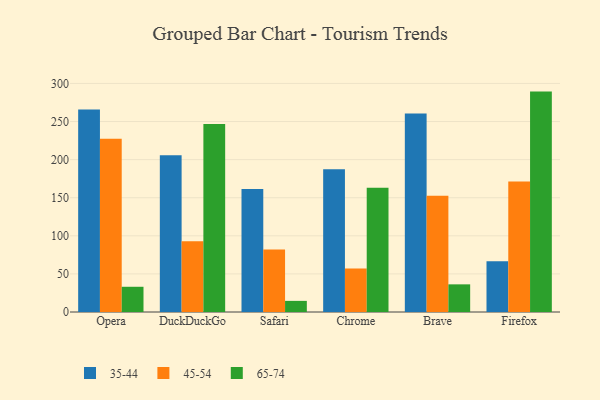
{"axis": {"x": "Browser", "y": "Inventory Turnover"}, "legend": ["35-44", "45-54", "65-74"], "data": [{"x": "Opera", "y": 265.9, "type": "35-44"}, {"x": "Opera", "y": 227.4, "type": "45-54"}, {"x": "Opera", "y": 33.1, "type": "65-74"}, {"x": "DuckDuckGo", "y": 205.6, "type": "35-44"}, {"x": "DuckDuckGo", "y": 92.9, "type": "45-54"}, {"x": "DuckDuckGo", "y": 246.9, "type": "65-74"}, {"x": "Safari", "y": 161.3, "type": "35-44"}, {"x": "Safari", "y": 82.2, "type": "45-54"}, {"x": "Safari", "y": 14.6, "type": "65-74"}, {"x": "Chrome", "y": 187.4, "type": "35-44"}, {"x": "Chrome", "y": 57.2, "type": "45-54"}, {"x": "Chrome", "y": 163.1, "type": "65-74"}, {"x": "Brave", "y": 260.7, "type": "35-44"}, {"x": "Brave", "y": 152.7, "type": "45-54"}, {"x": "Brave", "y": 36.3, "type": "65-74"}, {"x": "Firefox", "y": 66.7, "type": "35-44"}, {"x": "Firefox", "y": 171.4, "type": "45-54"}, {"x": "Firefox", "y": 289.3, "type": "65-74"}]}